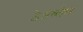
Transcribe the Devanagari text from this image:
ठेअव्लेले